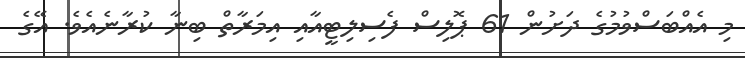
މި އެއްބަސްވުމުގެ ދަށުން 61 ޕޮލިސް ފެސިލިޓީއާއި އިމަރާތް ބިނާ ކުރާނެއެވެ. އޭގެ